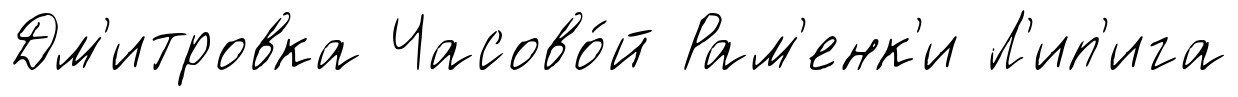
Дм'итровка Часово́й Рам'енк'и Л'ип'ига